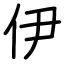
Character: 伊